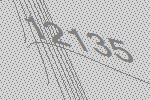
12135